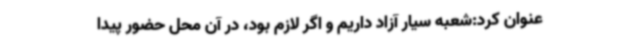
عنوان کرد:شعبه سیار آزاد داریم و اگر لازم بود، در آن محل حضور پیدا